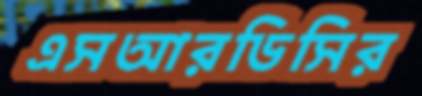
এসআরডিসির